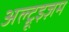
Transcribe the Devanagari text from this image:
अल्ट्रूइज़म